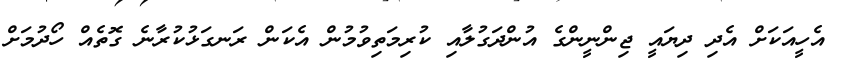
އެހީއަކަށް އެދި ދިޔައީ ޖިންނީންގެ އުންދަގުލާއި ކުރިމަތިވުމުން އެކަން ރަނގަޅުކުރާނެ ގޮތެއް ހޯދުމަށް